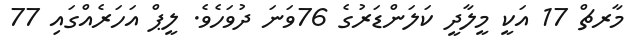
މާރޗް 17 އަކީ މީލާދީ ކަލަންޑަރުގެ 76ވަނަ ދުވަހެވެ. ލީޕް އަހަރެއްގައި 77